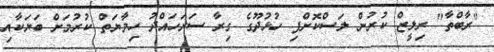
"ރާބްތާ" ރިލީޒް ކުރުން ލަސްކޮށްފި ހުޅުދޫގެ ގިރާ ސަރަހައްދު ހިމާޔަތް ކުރުމަށް ބަޔަކާއި